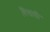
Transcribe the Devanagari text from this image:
त्रियात्री